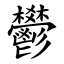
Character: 鬰